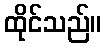
ထိုင်သည်။